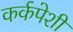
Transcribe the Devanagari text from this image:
कर्कपेशी